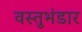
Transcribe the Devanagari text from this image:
वस्तुभंडार